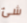
شئ